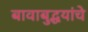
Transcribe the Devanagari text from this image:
बावाबुद्धयांचे